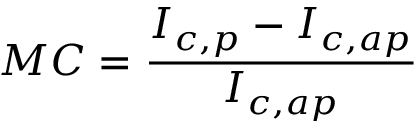
M C = { \frac { I _ { c , p } - I _ { c , a p } } { I _ { c , a p } } }